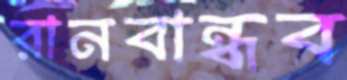
রানবান্ধব